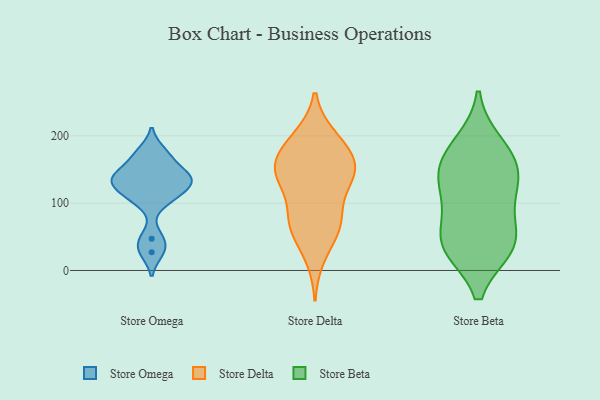
{"axis": {"x": "Inventory Turnover", "y": "Value"}, "legend": ["Store Beta", "Store Delta", "Store Omega"], "data": [{"x": "", "y": 133, "type": "Store Omega"}, {"x": "", "y": 27, "type": "Store Omega"}, {"x": "", "y": 177, "type": "Store Omega"}, {"x": "", "y": 107, "type": "Store Omega"}, {"x": "", "y": 162, "type": "Store Omega"}, {"x": "", "y": 135, "type": "Store Omega"}, {"x": "", "y": 133, "type": "Store Omega"}, {"x": "", "y": 142, "type": "Store Omega"}, {"x": "", "y": 47, "type": "Store Omega"}, {"x": "", "y": 111, "type": "Store Omega"}, {"x": "", "y": 162, "type": "Store Delta"}, {"x": "", "y": 59, "type": "Store Delta"}, {"x": "", "y": 198, "type": "Store Delta"}, {"x": "", "y": 171, "type": "Store Delta"}, {"x": "", "y": 20, "type": "Store Delta"}, {"x": "", "y": 126, "type": "Store Delta"}, {"x": "", "y": 66, "type": "Store Delta"}, {"x": "", "y": 64, "type": "Store Delta"}, {"x": "", "y": 151, "type": "Store Delta"}, {"x": "", "y": 135, "type": "Store Delta"}, {"x": "", "y": 145, "type": "Store Delta"}, {"x": "", "y": 137, "type": "Store Delta"}, {"x": "", "y": 83, "type": "Store Delta"}, {"x": "", "y": 183, "type": "Store Delta"}, {"x": "", "y": 153, "type": "Store Delta"}, {"x": "", "y": 199, "type": "Store Delta"}, {"x": "", "y": 81, "type": "Store Delta"}, {"x": "", "y": 187, "type": "Store Beta"}, {"x": "", "y": 40, "type": "Store Beta"}, {"x": "", "y": 38, "type": "Store Beta"}, {"x": "", "y": 166, "type": "Store Beta"}, {"x": "", "y": 141, "type": "Store Beta"}, {"x": "", "y": 107, "type": "Store Beta"}, {"x": "", "y": 113, "type": "Store Beta"}, {"x": "", "y": 46, "type": "Store Beta"}, {"x": "", "y": 36, "type": "Store Beta"}, {"x": "", "y": 156, "type": "Store Beta"}]}